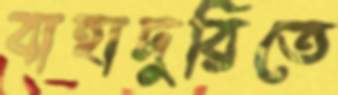
বাহাদুরিতে